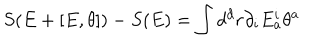
S ( E + [ E , \theta ] ) - S ( E ) = \int d ^ { d } r \partial _ { i } E _ { a } ^ { i } \theta ^ { a }